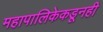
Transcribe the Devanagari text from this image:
महापालिकेकडूनही